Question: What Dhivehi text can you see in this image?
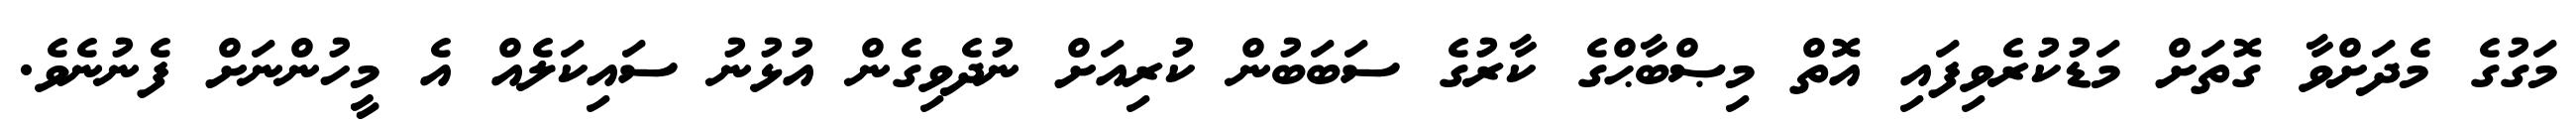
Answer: މަގުގެ މެދަށްވާ ގޮތަށް މަޑުކުރެވިފައި އޮތް މިޞްބާޙްގެ ކާރުގެ ސަބަބުން ކުރިއަށް ނުދެވިގެން އުޅުނު ސައިކަލެއް އެ މީހުންނަށް ފެނުނެވެ.